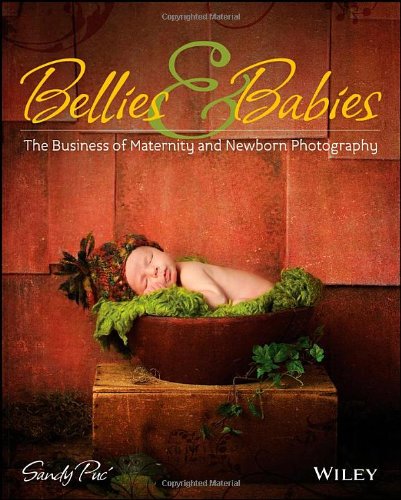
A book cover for Bellies and Babies: The Business of Maternity and Newborn Photography; Sandy Puc'; Arts & Photography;